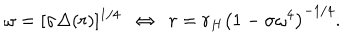
\omega = [ \sigma \Delta ( r ) ] ^ { 1 / 4 } ~ ~ \Leftrightarrow ~ ~ r = r _ { H } \left( 1 - \sigma \omega ^ { 4 } \right) ^ { - 1 / 4 } .